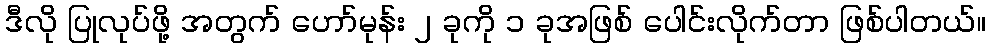
ဒီလို ပြုလုပ်ဖို့ အတွက် ဟော်မုန်း ၂ ခုကို ၁ ခုအဖြစ် ပေါင်းလိုက်တာ ဖြစ်ပါတယ်။